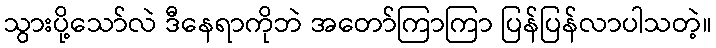
သွားပို့သော်လဲ ဒီနေရာကိုဘဲ အတော်ကြာကြာ ပြန်ပြန်လာပါသတဲ့။